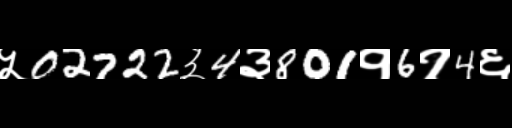
Text: ५02722३4३801१6१4६